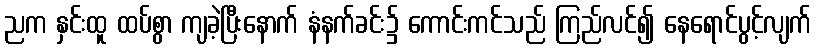
ညက နှင်းထူ ထပ်စွာ ကျခဲ့ပြီးနောက် နံနက်ခင်း၌ ကောင်းကင်သည် ကြည်လင်၍ နေရောင်ပွင့်လျက်